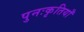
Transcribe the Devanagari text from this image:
पुनःकृतियाँ